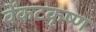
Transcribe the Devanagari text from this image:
वेंकटकृष्ण